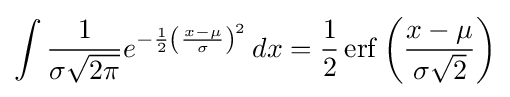
\int {{\frac {1}{\sigma {\sqrt {2\pi }}}}e^{-{\frac {1}{2}}\left({\frac {x-\mu }{\sigma }}\right)^{2}}}\,dx={\frac {1}{2}}\operatorname {erf} \left({\frac {x-\mu }{\sigma {\sqrt {2}}}}\right)